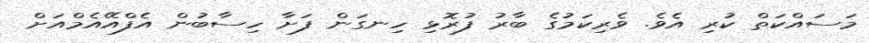
މަސައްކަތް ކުރި އެވެ. ވެރިކަމުގެ ބާރު ފުރޮޅި ހިނގަން ފަށާ ހިސާބުން އެފްއޭއެމްއަށް